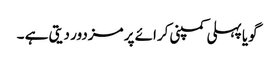
گویا پہلی کمپنی کرائے پر مزدور دیتی ہے ۔